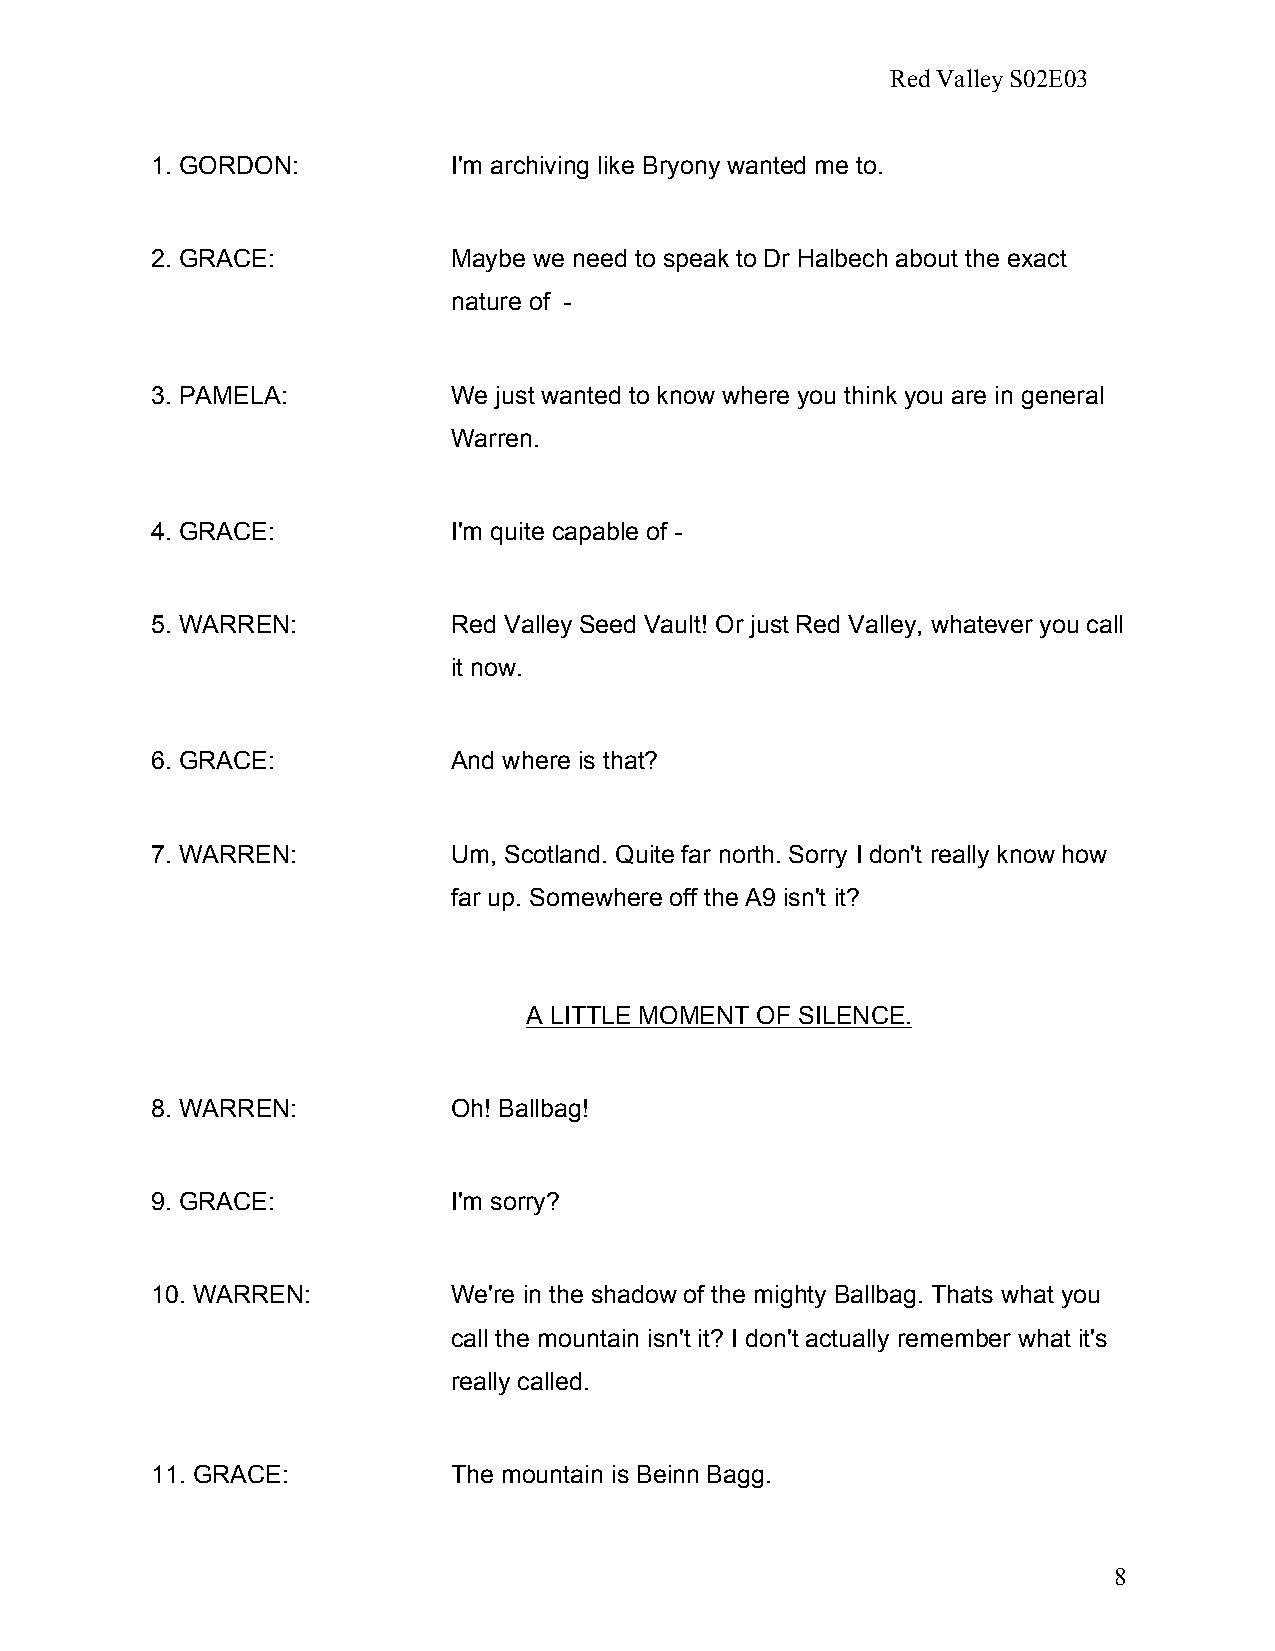
Red Valley S02E03
 1. GORDON:          I'm archiving like Bryony wanted me to.
 2. GRACE:           Maybe we need to speak to Dr Halbech about the exact
 nature of -
 3. PAMELA:          We just wanted to know where you think you are in general
 Warren.
 4. GRACE:           I'm quite capable of -
 5. WARREN:          Red Valley Seed Vault! Or just Red Valley, whatever you call
 it now.
 6. GRACE:           And where is that?
 7. WARREN:          Um, Scotland. Quite far north. Sorry I don't really know how
 far up. Somewhere off the A9 isn't it?
 A LITTLE MOMENT OF SILENCE.
 8. WARREN:          Oh! Ballbag!
 9. GRACE:           I'm sorry?
 10. WARREN:         We're in the shadow of the mighty Ballbag. Thats what you
 call the mountain isn't it? I don't actually remember what it's
 really called.
 11. GRACE:          The mountain is Beinn Bagg.
 8